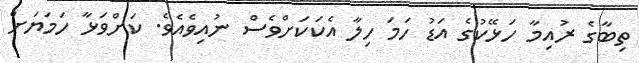
ތިބާގެ ރުއިމާ ހަޅޭކުގެ އަޑު ހަމަ ހިލާ އެކަކަށްވެސް ނުއިވެއެވެ. ކަށްވަޅާ ހަމަޔަށް